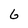
Character: G